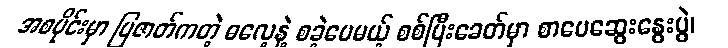
အစပိုင်းမှာ ပြဇာတ်ကတဲ့ ဓလေ့နဲ့ စခဲ့ပေမယ့် စစ်ပြီးခေတ်မှာ စာပေဆွေးနွေးပွဲ၊